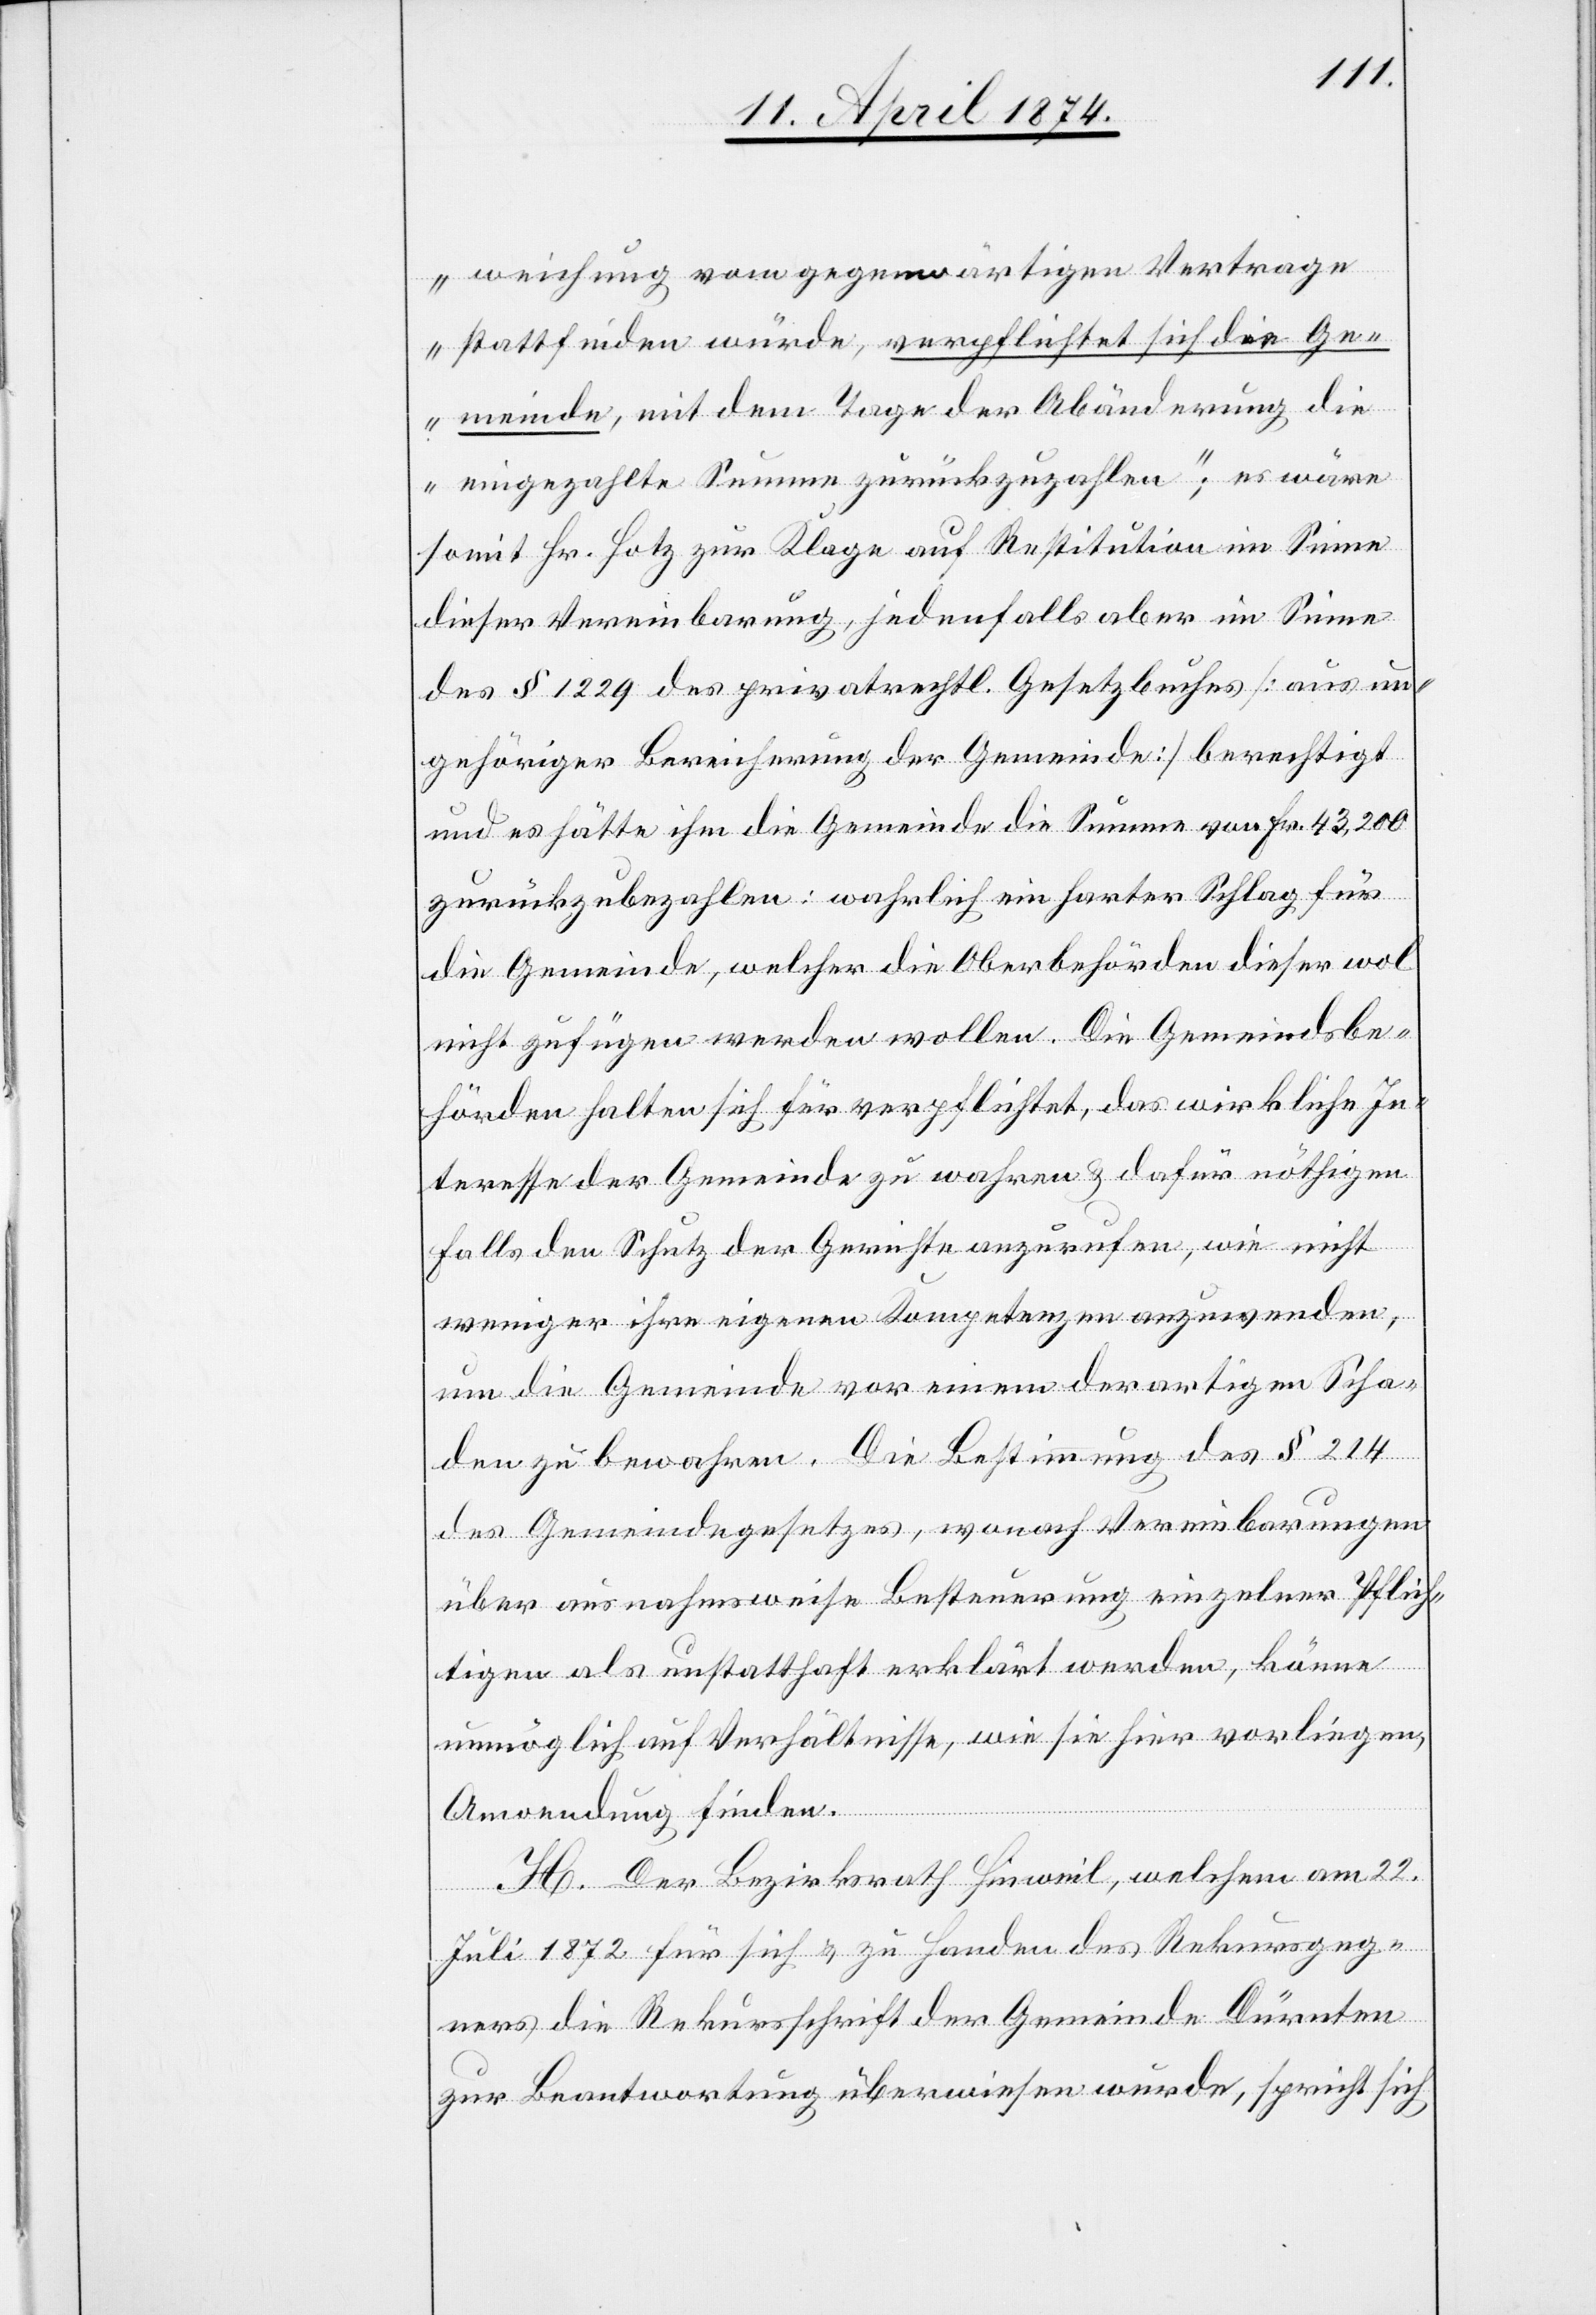
weichung vom gegenwärtigen Vertrage
stattfinden würde, verpflichtet sich die Ge¬
meinde, mit dem Tage der Abänderung die
eingezahlte Summe zurückzuzahlen;“ es wäre
somit Hr. Hotz zur Klage auf Restitution im Sinne
dieser Vereinbarung, jedenfalls aber im Sinne
des § 1229 des privatrechtl. Gesetzbuches [aus un¬
gehöriger Bereicherung der Gemeinde] berechtigt
und es hätte ihm die Gemeinde die Summe von Fr. 43,200
zurückzubezahlen: wahrlich ein harter Schlag für
die Gemeinde, welcher die Oberbehörden dieser wol
nicht zufügen werden wollen. Die Gemeindsbe¬
hörden halten sich für verpflichtet, das wirkliche In¬
teresse der Gemeinde zu wahren u. dafür nöthigen
Falls den Schutz der Gerichte anzurufen, wie nicht
weniger ihre eigenen Kompetenzen anzuwenden,
um die Gemeinde vor einem derartigen Scha¬
den zu bewahren. Die Bestimmung des § 214
des Gemeindegesetzes, wonach Vereinbarungen
über ausnahmsweise Besteurung einzelner Pflich¬
tigen als unstatthaft erklärt werden, könne
unmöglich auf Verhältnisse, wie sie hier vorliegen,
Anwendung finden.
H. Der Bezirksrath Hinweil, welchem am 22.
Juli 1872 für sich u. zu Handen des Rekursgeg¬
ners die Rekursschrift der Gemeinde Dürnten
zur Beantwortung überwiesen wurde, spricht sich